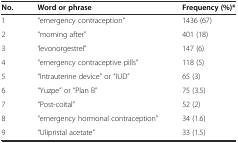
<table><thead><tr><td><b>No.</b></td><td><b>Word or phrase</b></td><td><b>Frequency (%)*</b></td></tr></thead><tbody><tr><td>1</td><td>“emergency contraception”</td><td>1436 (67)</td></tr><tr><td>2</td><td>“morning after”</td><td>401 (18)</td></tr><tr><td>3</td><td>‘levonorgestrel”</td><td>147 (6)</td></tr><tr><td>4</td><td>“emergency contraceptive pills”</td><td>118 (5)</td></tr><tr><td>5</td><td>“Intrauterine device” or “IUD”</td><td>65 (3)</td></tr><tr><td>6</td><td>“Yuzpe” or “Plan B”</td><td>75 (3.5)</td></tr><tr><td>7</td><td>“Post-coital”</td><td>52 (2)</td></tr><tr><td>8</td><td>“emergency hormonal contraception”</td><td>34 (1.6)</td></tr><tr><td>9</td><td>“Ulipristal acetate”</td><td>33 (1.5)</td></tr></tbody></table>